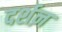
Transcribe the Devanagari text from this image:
दर्शऩ